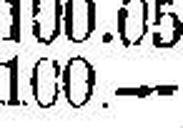
100.—